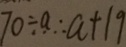
7 0 \div a \cdots a + 1 9